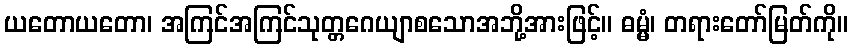
ယတောယတော၊ အကြင်အကြင်သုတ္တဂေယျာစသောအဘို့အားဖြင့်။ ဓမ္မံ၊ တရားတော်မြတ်ကို။